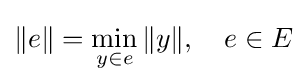
\|e\|=\min _{y\in e}\|y\|,\quad e\in E